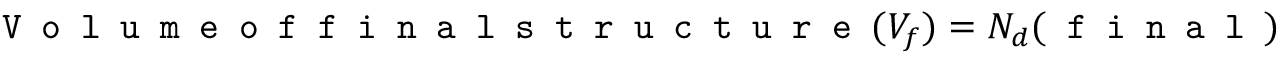
\texttt { V o l u m e o f f i n a l s t r u c t u r e } ( V _ { f } ) = N _ { d } ( \texttt { f i n a l } ) \times d ^ { 3 }